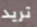
تريد